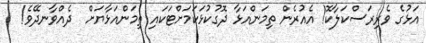
އަޅުގެ ވެރިރަސްކަލާކޮ! އެއުރެން ތިމަންއަޅާ ދޮގުކުޅަކަމަށްޓަކައި ތިމަންއަޅާޔަށް  ދެއްވާނދޭވެ!